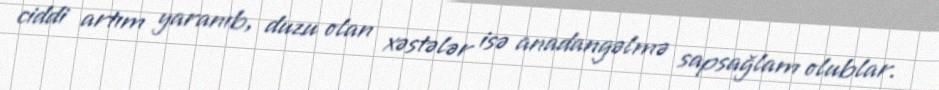
ciddi artım yaranıb, duzu olan xəstələr isə anadangəlmə sapsağlam olublar.